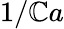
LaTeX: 1/\mathbb{C}a